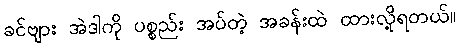
ခင်ဗျား အဲဒါကို ပစ္စည်း အပ်တဲ့ အခန်းထဲ ထားလို့ရတယ်။